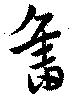
舊